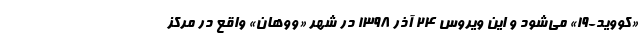
«کووید-۱۹» می‌شود و این ویروس ۲۴ آذر ۱۳۹۸ در شهر «ووهان» واقع در مرکز